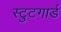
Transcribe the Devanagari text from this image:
स्टुटगार्ड